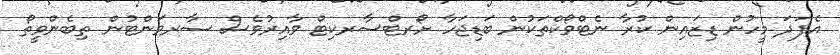
އެފަދަ މީހުން ޑިޒައިން ކުރާ ނެޓްވޯކްތަކުން ބަޑިޖަހާ ށޯރޓްސާރކިޓް ވާއިރުވެސް ސާރވަންޓުން ތިބެންވީތޯ